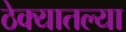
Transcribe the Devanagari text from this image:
ठेक्यातल्या